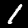
Label: 1